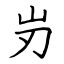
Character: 岃